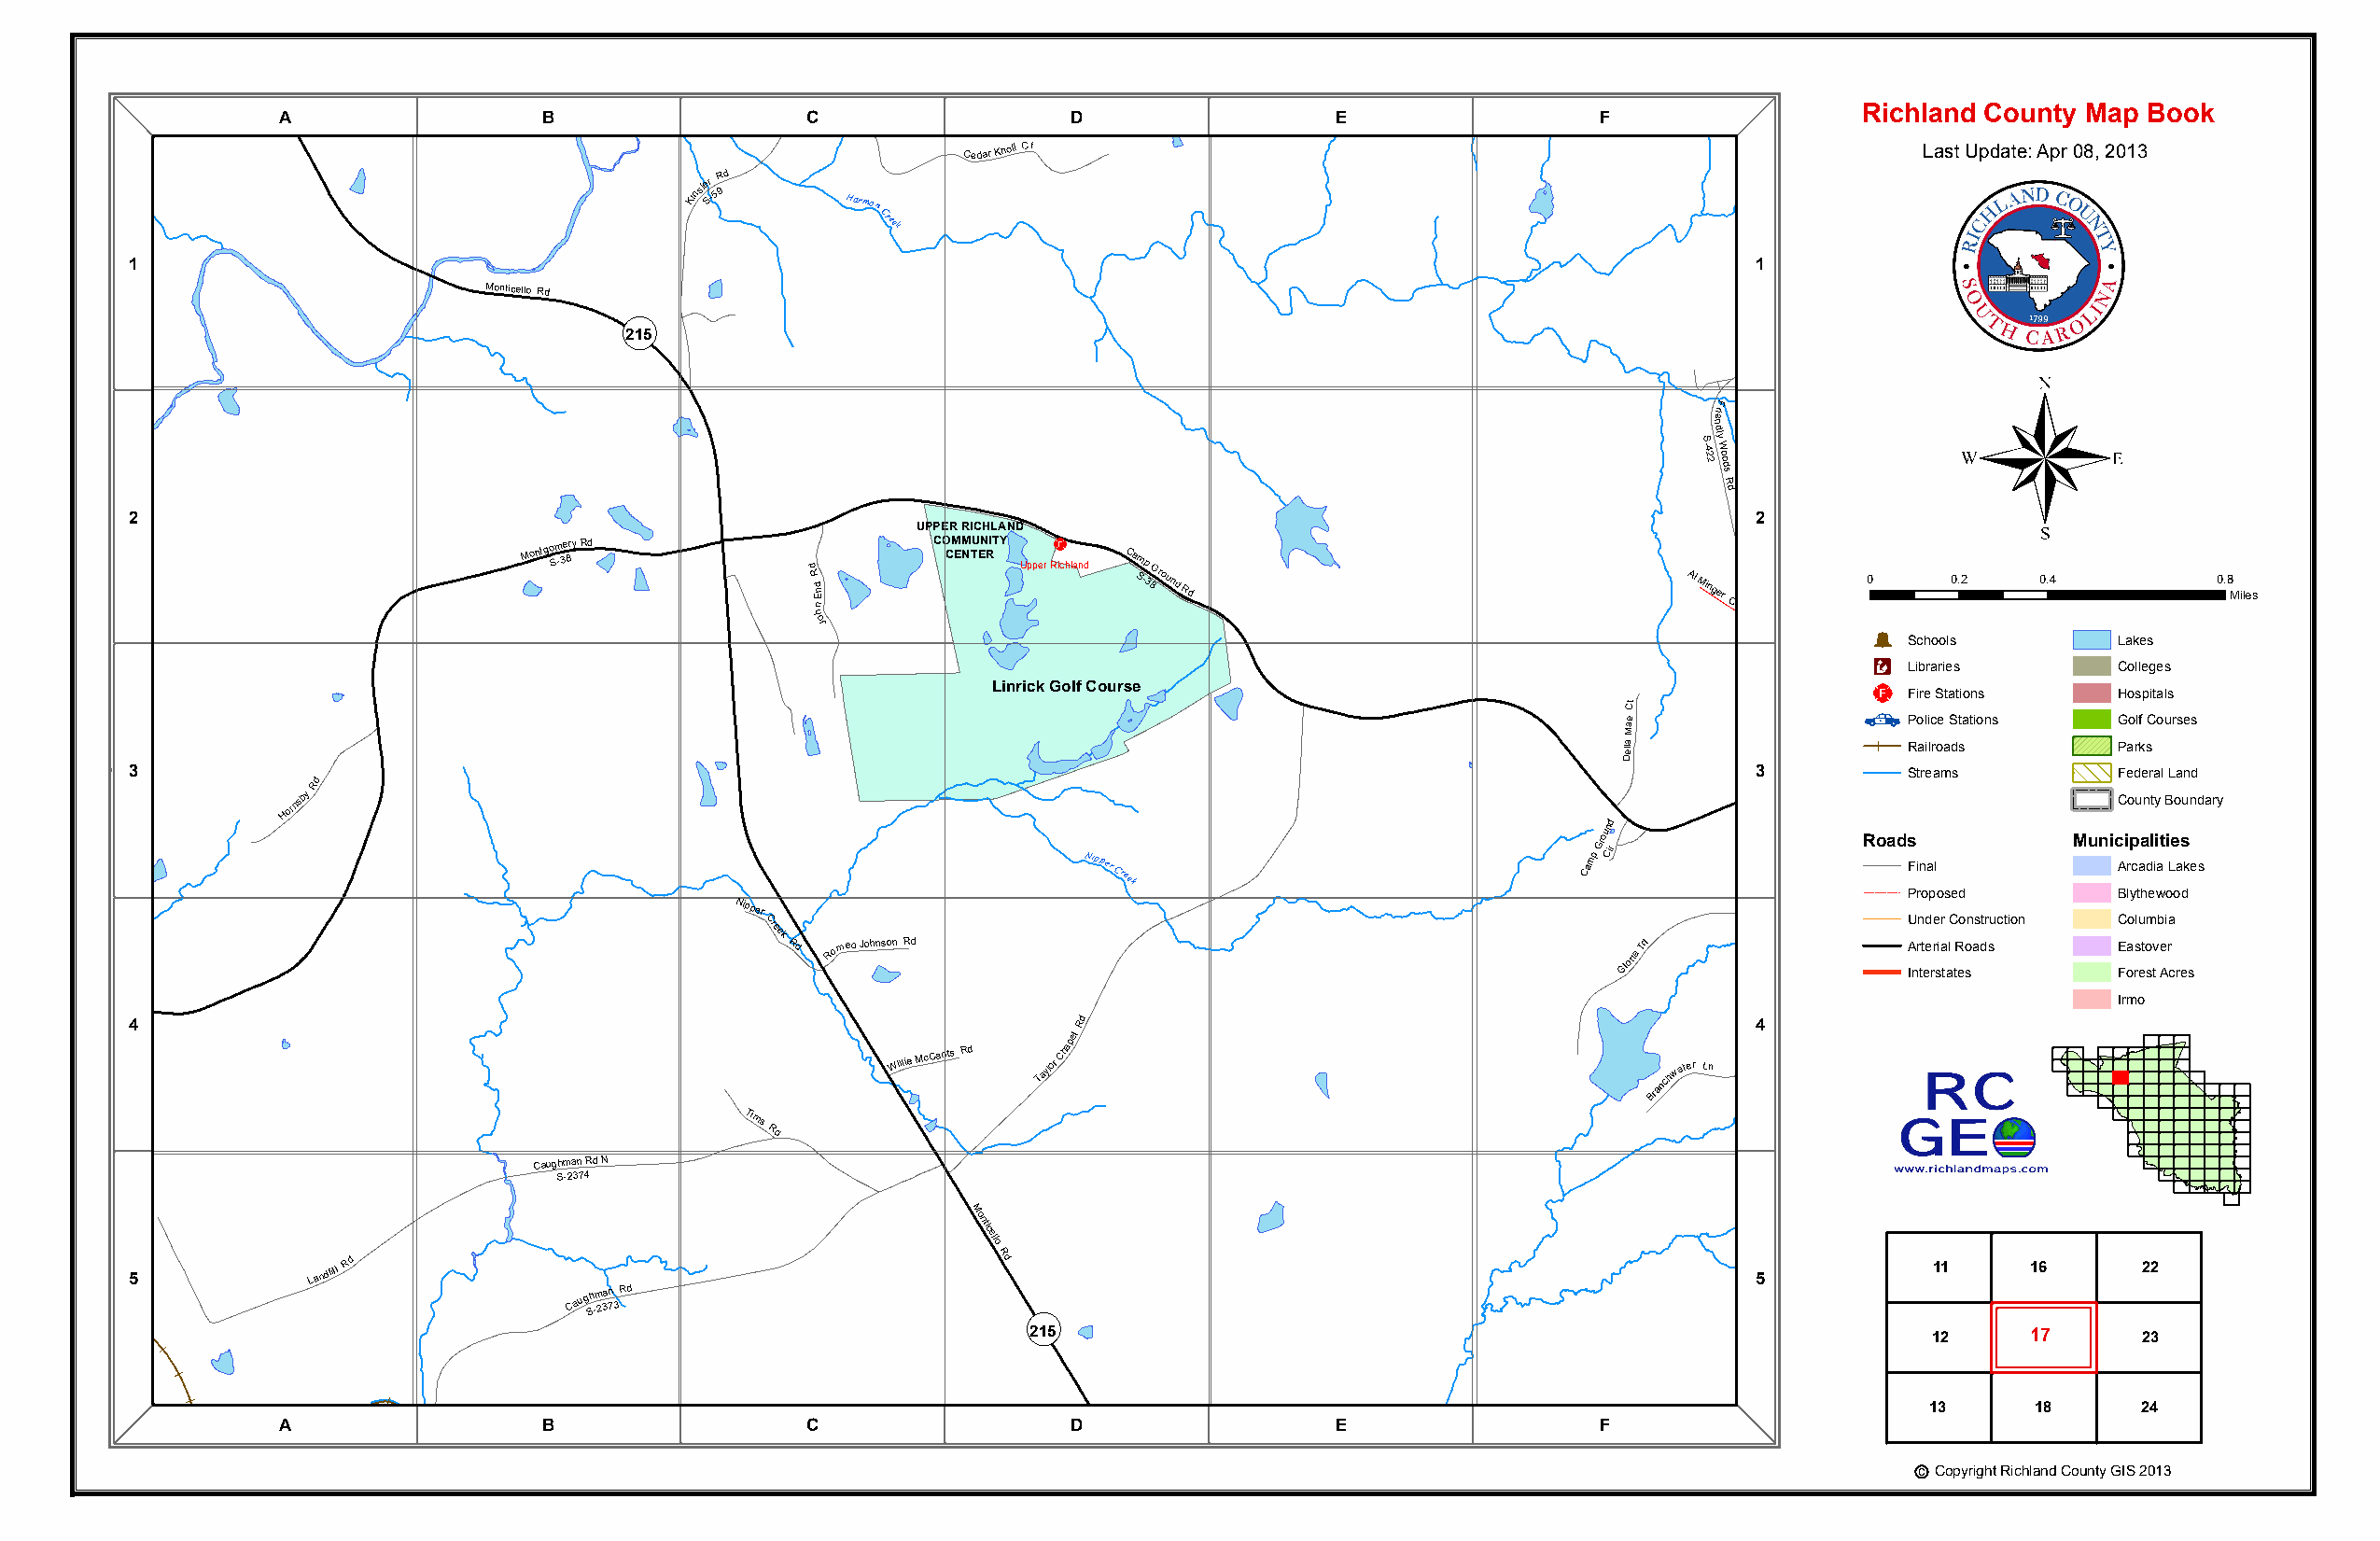
Hollin s Bell-
 S-41 OP
 215
 Carri
 e Rd Gatson
 Rd                     Cedar
 Falls Dr
 A                 B
 CCedar Knoll
 Ct             D                  E                 F
 Richland County Map Book
 Cedar Knoll Ct                                                      Last Update: Apr 08, 2013
 Kinsle Sr
 -
 5R 9d
 Harmon
 Creek
 1                                                                                                                   1
 Monticello Rd
 OP
 Friendly Woods Rd
 215
 ®
 F
 eir
 n
 S
 -422dly
 W
 oods
 R
 d
 2                                                                                                                   2
 UPPER RICHLAND
 Montgo Sm -3e 8ry Rd
 d R d hn nE
 CO CM EM NTU EN RITY
 Upper
 R¨
 ichland
 Ca
 Sm -p 3 8Ground Rd                      Al Minger Ct Al M Cin tger 0 0.2 0.4 0.8 Miles
 oJ
 Þ
 Schools        Lakes
 Æc
 Libraries      Colleges
 Linrick Golf Course
 Della
 Mae
 Ct
 Fri
 Sen
 -4d 2ly
 2
 W
 oods
 R
 _¨
 F
 P
 Ri
 o
 are
 l ii lc
 r
 S
 oe
 at a
 S
 dt
 t
 si ao tn ios
 ns
 H
 G
 Pao
 o
 rs
 lf
 kp sCita ol us
 rses
 3                                                                                                                   3
 d
 Streams        Federal Land
 Rd
 Hornsby
 Nipper
 Creek
 Camp
 Grou Cn ird
 Roads
 Final
 MunicC
 Ai
 ro
 p
 cu aan dlt iy
 i at
 B
 i
 Leo asu kn ed sary
 Proposed       Blythewood
 Nipper
 Creek
 Rd Romeo Johnson Rd
 Gloria
 Trl
 Gloria Trl
 33-S
 IAU nrn
 tt
 ed
 e
 re
 r
 sir
 a
 t
 alC
 tR
 eo
 o
 sn as dtr suction C
 E
 Foao rslu etom
 sv
 t
 b
 e
 Ai ra
 cres
 0
 Montgomery Rd
 4
 Willie McCants Rd Taylor
 Chapel
 Rd
 Branchwater Ln
 4
 Branchwater
 Ln                 Irmo
 Tims
 Rd
 Caughman Rd N
 S-2374
 M
 5
 Landfill
 Rd
 Caug Sh -m 23a 7n
 3
 Rd
 onticello
 Rd
 OP
 5
 11     16      22
 215                                                             12     17      23
 13     18      24
 A                 B                  C                  D                  E                 F
 Broad
 River
 Pickett
 Hill
 Rd c Copyright Richland County GIS 2013